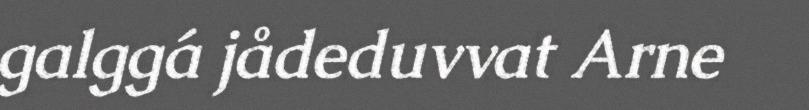
galggá jådeduvvat Arne